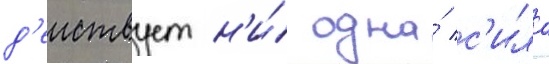
д'еиствует н'и́ одна́ с'ила